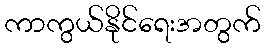
ကာကွယ်နိုင်ရေးအတွက်